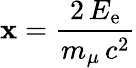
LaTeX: \mathbf{x}={\frac{{2\, E_{\mathrm{{e}}}}}{{m_{\mu}\, c^{2}}}}